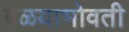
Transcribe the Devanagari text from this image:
गळयाभोवती